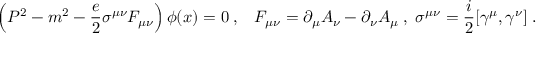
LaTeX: \left( P ^ { 2 } - m ^ { 2 } - \frac { e } { 2 } \sigma ^ { \mu \nu } F _ { \mu \nu } \right) \phi ( x ) = 0 \; , \; \; \; F _ { \mu \nu } = \partial _ { \mu } A _ { \nu } - \partial _ { \nu } A _ { \mu } \; , \; \sigma ^ { \mu \nu } = \frac { i } { 2 } [ \gamma ^ { \mu } , \gamma ^ { \nu } ] \; .